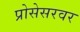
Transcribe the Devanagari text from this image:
प्रोसेसरवर